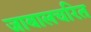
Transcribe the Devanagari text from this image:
जाबालचरित